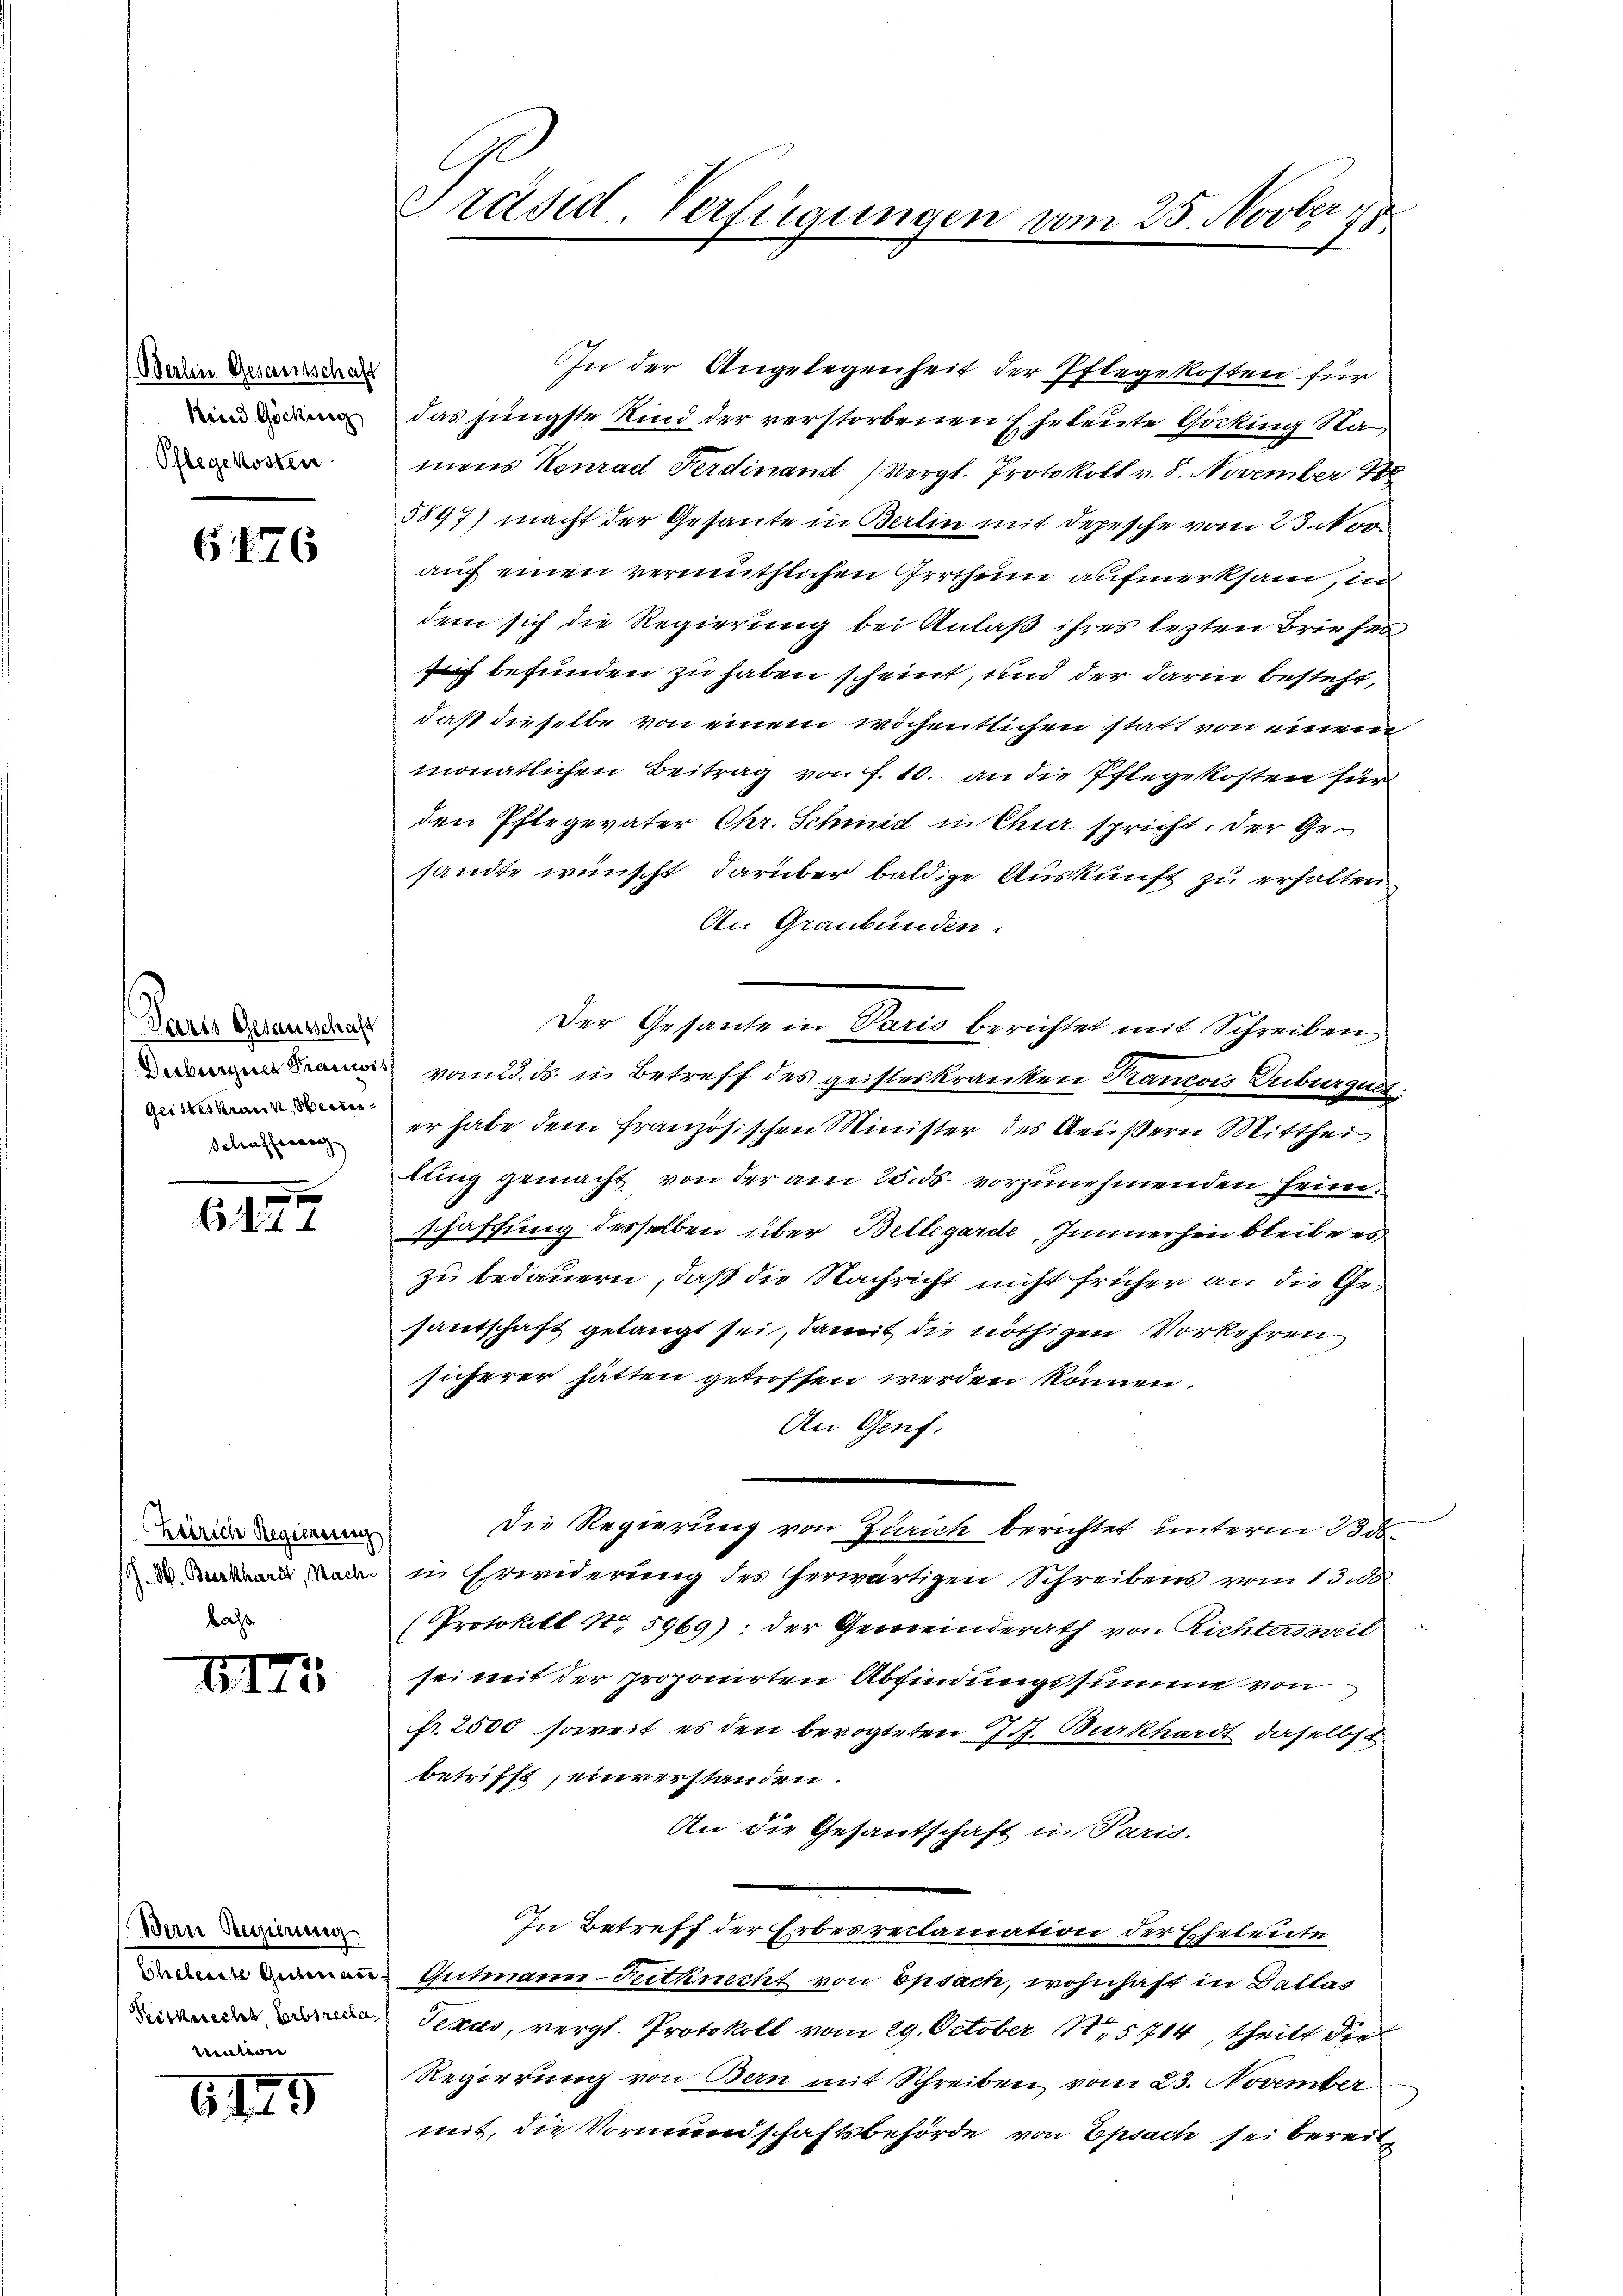
Berlin Gesamtschaft
Kind Göcking
Pflegekosten

G176

Paris Gesantschaft
Derburgien Krancis
Geisteskraun, Weises
Schaffeeg

614

Zürich Regierung
Z. W. Burkhardt, Nachkoch.

XII

Bern Regierung
Scheleiste Gutenann
Priskerecht Erbsrecla
vation

6125

Präsid. Verfügungen vom 25. Novber
1

In der Angelegenheit der Pflegekosten für
das jüngste Kind der verstorbenen Eheleute Göcking Namens Konrad Ferdinand (Vergl. Protokoll v. 8. November 188
5897) macht der Gesante in Berlin mit Depesche vom 23. Nov
auch einen vermuthlichen Irrthum aufmerksam, in
dem sich die Regierung bei Anlaß ihres lezten Briefen
 befunden zu haben scheint, und der darin besteht,
daß dieselbe von einem wöchentlichen statt von einem
monatlichen Beitrag von f. 10. an die Pflegekosten für
den Pflegeväter Chr. Schmid in Chur spricht, der Gesandte wünscht, darüber baldige Auskunft zu erhalten
An Graubünden.
Der Gesante in Paris berichtet mit Schreiben,
vom 23. ds. in Betreff des geisteskranken Trancois Duburguit:
er habe dem Französischen Minister des Aeußern Mitthei
tung gemacht von der am 25. ds. vorzunehmenden Heimschaffung desselben über Bettegarde, Immerhin bleibe es
zu bedauern, daß die Nachricht nicht früher an die Gesantschaft gelangt sei, damit die nöthigen Vorkehren
sicherer hätten getroffen werden können.
An Genf.
Die Regierung von Zürich berichtet unterm 23. ds.
in Erwiderung des herwärtigen Schreibens vom 13. d.
(Protokoll Nr. 5969): der Gemeinderath von Richteroncil
sei mit der proponirten Abfindungssumme von
fr. 2500 soweit es den bevogteten J. Burkhardt daselbst
betrifft, einverstanden.
An die Gesantschaft in Paris.
In Betreff der Erbes reclamation der Eheleute
Gutmann-Festknecht von Epsach, wohnhaft in Dallas
Texas, vergl. Protokoll vom 29. October 15714, theilt die
Regierung von Bern mit Schreiben vom 23. November
mit, die Vormundschaftsbehörde von Epsach sei bereit,